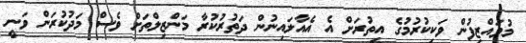
މުވައްޒިފުން ވަކިކުރުމުގެ އިތުރަށް އެ އެއާލައިނުން ދަތުރުކުރާ މަންޒިލްތަށް ވެސް މަދުކުރަން ވަނީ